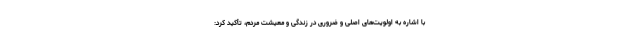
با اشاره به اولویت‌های اصلی و ضروری در زندگی و معیشت مردم، تأکید کرد: